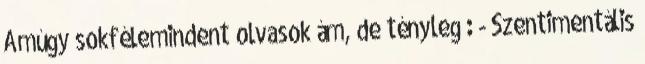
Amúgy sokfélemindent olvasok ám, de tényleg : - Szentimentális